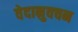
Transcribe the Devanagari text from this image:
वेदानुवचन